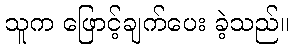
သူက ဖြောင့်ချက်ပေး ခဲ့သည်။